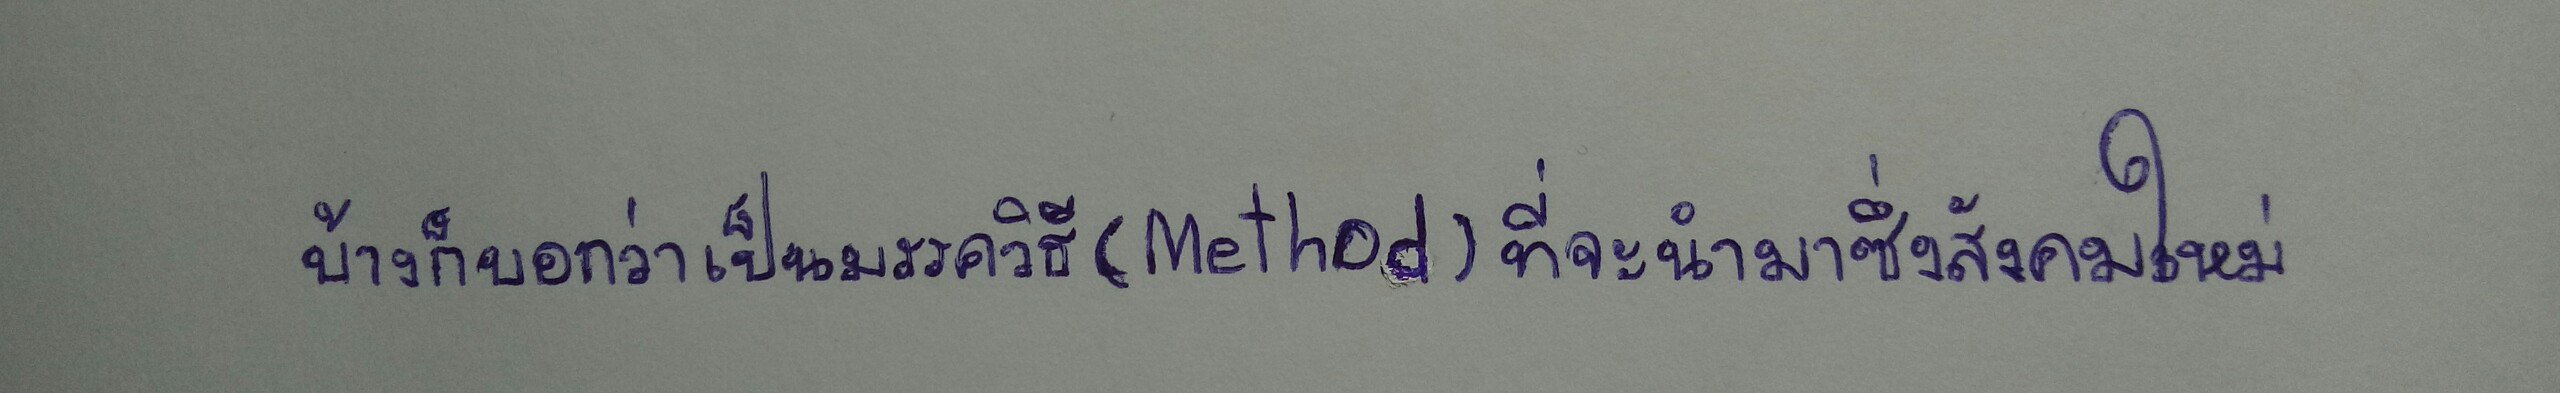
บ้างก็บอกว่าเป็นมรรควิธี(Method)ที่จะนำมาซึ่งสังคมใหม่